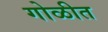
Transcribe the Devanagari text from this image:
गोळीत